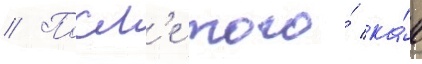
// Посл'е того́ ка́к